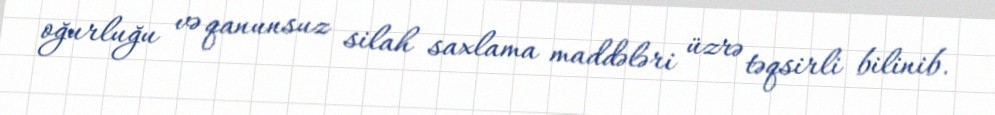
oğurluğu və qanunsuz silah saxlama maddələri üzrə təqsirli bilinib.